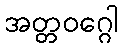
အတ္တဝဂ္ဂေါ